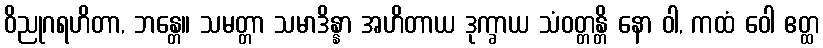
ဝိညုဂရဟိတာ, ဘန္တေ။ သမတ္တာ သမာဒိန္နာ အဟိတာယ ဒုက္ခာယ သံဝတ္တန္တိ နော ဝါ, ကထံ ဝေါ ဧတ္ထ